Medical and sanitary report of the native army of Bengal for the year
Year: 1874
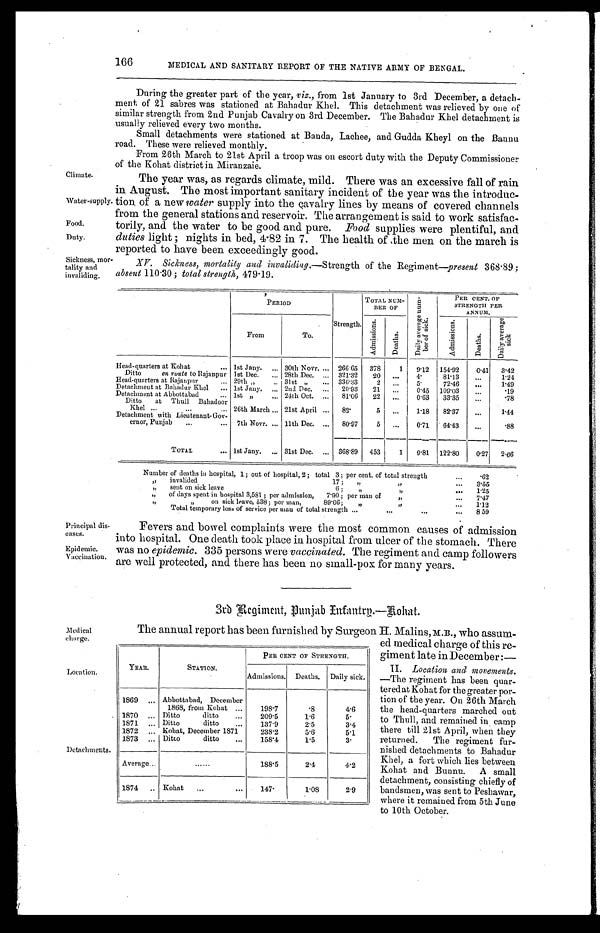
Principal dis
-
eases.
Epidemic.
Vaccination.
Medical
charge.
YEAR.
STATION.
PER CENT OF STRENGTH.
Admissions. Deaths. Daily sick.
1869
Abbottabad, December
1868, from Kohat
198. 7
. 8 4.6
1870
Ditto ditto
209.5
1.6
5.
1871
Ditto ditto
137.9
2.5
3.4
1872
Kohat, December 1871
238.2
5.6
5.1
1873
Ditto ditto
158.4
1 . 5 3.
Average
188.5
2.4
4.2
1874
K o h a t 147.
1 . 0 8 2.9
Location.
Detachments.
166
MEDICAL AND SANITARY REPORT OF THE NATIVE ARMY OF BENGAL.
During the greater part of the year, viz., from 1st January to 3rd December, a detach
- m e n t o f 2 1 s a b r e s w a s s t a t i o n e d a t B a h a d u r K h e l . T h i s d e t a c h m e n t w a s r e l i e v e d b y o n e o f
similar strength from 2nd Punjab Cavalry on 3rd December. The Bahadur Khel detachment is
usually relieved every two months.
Small detachments were stationed at Banda, Lachee, and Gudda Kheyl on the Bannu
road. These were relieved monthly.
From 26th March to 21st April a troop was on escort duty with the Deputy Commissioner
of the Kohat district in Miranzaie.
Climate.
Water-supply.
Food.
Duty.
Sickness, mor
-tality and
invaliding.
The year was, as regards climate, mild. There was an excessive fall of rain
in August. The most important sanitary incident of the year was the introduc
- t i o n o f a n e w
w a t e r
s u p p l y i n t o t h e c a v a l r y l i n e s b y m e a n s o f c o v e r e d c h a n n e l s
from the general stations and reservoir. The arrangement is said to work satisfac
-torily, and the water to be good and pure. Food supplies were plentiful, and
duties light; nights in bed, 4.82 in 7 . The health of the men on the march is
reported to have been exceedingly good.
XV. Sickness, mortality and invaliding. —Strength of the Regiment—present 368.89;
absent 110.30; total strength, 479.19.
PERIOD
Strength.
TOTAL NUM-
BER OF
D a i l y a v e r a g e n u m -
b e r o f s i c k .
PER CENT. OF
STRENGTH PER
ANNUM.
From
To.
A d m i s s i o n s .
De a t h s .
A d m i s s i o n s .
De a t h s .
D a i l y a v e r a g e
si ck
Head-quarters at Kohat 1st Jany.
30th Novr. 266.65 378 1 9.12 154.92
0.41 3 . 4 2
Ditto
en route to Rajanpur 1st Dec.
28th Dec.
321.32 20
4.
81.13
1 . 2 4
Head-quarters at Rajanpur
29th „ 31st „
336.33 2
5.
72.46
1.49
Detachment at Bahadur Khel 1st Jany.
2nd Dec.
20.93 21
0.45 109.03
. 1 9
Detachment at Abbottabad
1st „ 24th Oct.
81.06 22
0.63 33. 35
.78
Ditto at Thull Bahadoor
Khel
26th March 21st April
8 2 .
5
1.18 82. 37
1 . 4 4
Detachment with Lieutenant-Gov-
ernor, Punjab
7th Novr. 11th Dec.
80.97 5
0.71 64. 43
.88
TOTAL
1st Jany.
31st Dec.
368.89 453 1 9.81 122.80
0.27 2 . 6 6
Number of deaths in hospital, 1; out of hospital, 2; total 3; per cent. of total strength
.62
„ invalided 17; „ „ 3 . 5 5
„ sent on sick leave 6; „ „ 1 . 2 5
„ of days spent in hospital 3,581; per admission, 7.90; per man of „ „ 7 . 4 7
„ „ on sick leave, 538; per man, 89.66; „ „ 1.12
Total temporary loss of service per man of total strength 8 59
Fevers and bowel complaints were the most common causes of admission
into hospital. One death took place in hospital from ulcer of the stomach. There
was no epidemic. 335 persons were vaccinated. The regiment and camp followers
are well protected, and there has been no small-pox for many years.
3 r d R e g i m e n t , P u n j a b I n f a n t r y . — K o h a t .
The annual report has been furnished by Surgeon H. Malins, M.B., who assum
-ed medical charge of this re
-giment late in December:—
II. Location and movements.
—The regiment has been quar
-tered at Kohat for the greater por
- t i o n o f t h e y e a r . O n 2 6 t h M a r c h
the head-quarters marched out
to Thull, and remained in camp
there till 21st April, when they
returned. The regiment fur
- n i s h e d d e t a c h m e n t s t o B a h a d u r
Khel, a fort which lies between
Kohat and Bunnu. A small
detachment, consisting chiefly of
bandsmen, was sent to Peshawar,
where it remained from 5th June
to 10th October.